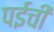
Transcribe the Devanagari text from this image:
पईची